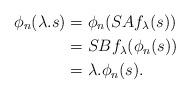
LaTeX: \begin{align*}\phi_n(\lambda.s)&= \phi_n(SAf_\lambda(s))\\&= SBf_\lambda (\phi_n(s))\\&= \lambda.\phi_n(s)\text.\end{align*}